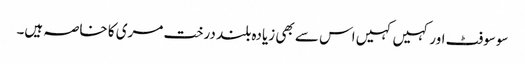
سوسوفٹ اور کہیں کہیں اس سے بھی زیادہ بلند درخت مری کا خاصہ ہیں۔